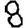
Digit: 8